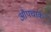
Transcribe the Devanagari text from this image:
औपचार्क